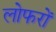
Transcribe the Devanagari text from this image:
लोफरों